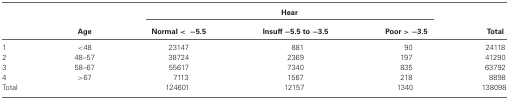
<table><thead><tr><td></td><td></td><td colspan="3"><b>Hear</b></td><td></td></tr><tr><td></td><td><b>Age</b></td><td><b>Normal &lt; −5.5</b></td><td><b>Insuff −5.5 to −3.5</b></td><td><b>Poor &gt; −3.5</b></td><td><b>Total</b></td></tr></thead><tbody><tr><td>1</td><td>&lt;48</td><td>23147</td><td>881</td><td>90</td><td>24118</td></tr><tr><td>2</td><td>48–57</td><td>38724</td><td>2369</td><td>197</td><td>41290</td></tr><tr><td>3</td><td>58–67</td><td>55617</td><td>7340</td><td>835</td><td>63792</td></tr><tr><td>4</td><td>&gt;67</td><td>7113</td><td>1567</td><td>218</td><td>8898</td></tr><tr><td>Total</td><td></td><td>124601</td><td>12157</td><td>1340</td><td>138098</td></tr></tbody></table>